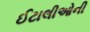
ઈટાલીઓની